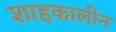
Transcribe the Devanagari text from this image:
शाहकालीन